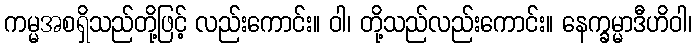
ကမ္မအစရှိသည်တို့ဖြင့် လည်းကောင်း။ ဝါ၊ တို့သည်လည်းကောင်း။ နေက္ခမ္မာဒီဟိဝါ၊